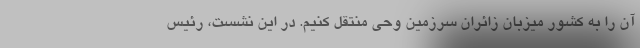
آن را به کشور میزبان زائران سرزمین وحی منتقل کنیم. ‌در این نشست، رئیس